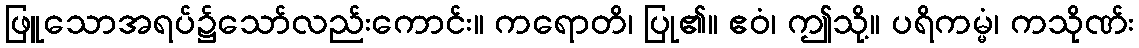
ဖြူသောအရပ်၌သော်လည်းကောင်း။ ကရောတိ၊ ပြု၏။ ဧဝံ၊ ဤသို့။ ပရိကမ္မံ၊ ကသိုဏ်း